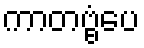
ကာတဗ္ဗံပေ